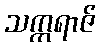
သက္ကရာဇ်